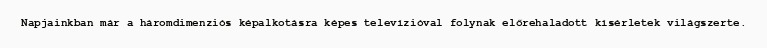
Napjainkban már a háromdimenziós képalkotásra képes televízióval folynak előrehaladott kísérletek világszerte.